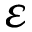
\varepsilon